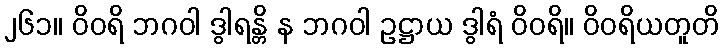
၂၆၁။ ဝိဝရိ ဘဂဝါ ဒွါရန္တိ န ဘဂဝါ ဥဋ္ဌာယ ဒွါရံ ဝိဝရိ။ ဝိဝရိယတူတိ